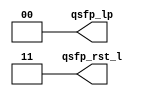
module qsfp_pins
(
    // Active-low reset to the QSFP transceiver module
    output[1:0] qsfp_rst_l,

    // Active-high "low power" setting for the QSFP transceiver module
    output[1:0] qsfp_lp
);

assign qsfp_rst_l = 2'b11;
assign qsfp_lp    = 2'b00;

endmodule